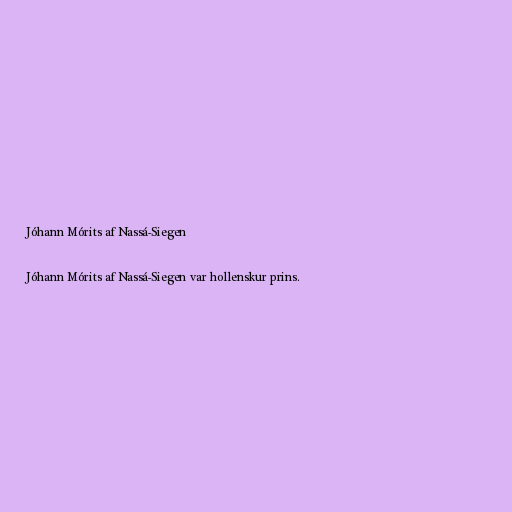
Jóhann Mórits af Nassá-Siegen

Jóhann Mórits af Nassá-Siegen var hollenskur prins.